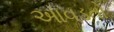
આવડતો